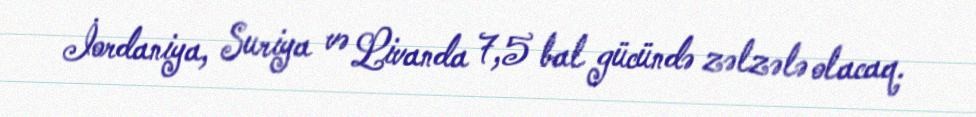
İordaniya, Suriya və Livanda 7,5 bal gücündə zəlzələ olacaq.